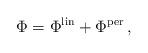
LaTeX: \begin{align*}\Phi = \Phi^{\rm lin} + \Phi^{\rm per} \, ,\end{align*}